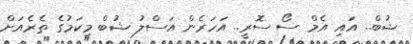
ޝުބް.. އައި އެމް ސޯ ސޮރީ.. އަހަރެން އަސްލު ޝުބް މިކަމުގެ ތެރެއަށް